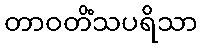
တာဝတိံသပရိသာ